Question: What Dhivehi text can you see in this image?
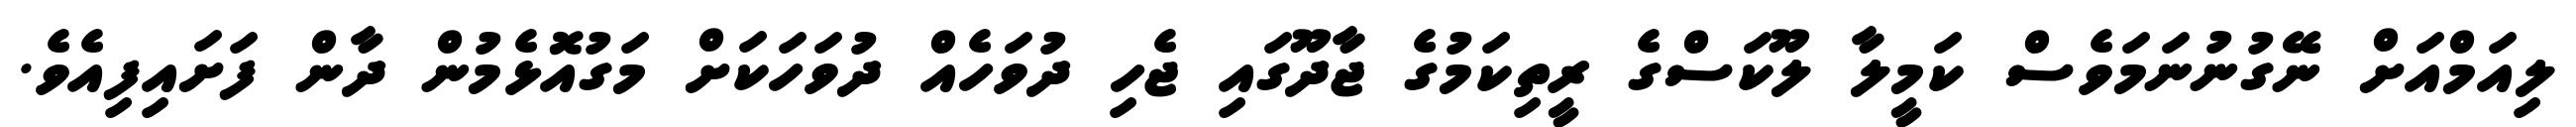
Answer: ލިއަމްއަށް ނޭގުނުނަމަވެސް ކަމީލާ ލޫކަސްގެ ރީތިކަމުގެ ޖާދޫގައި ޖެހި ދުވަހެއް ދުވަހަކަށް މަގުއޮޅެމުން ދާން ފަށައިފިއެވެ.